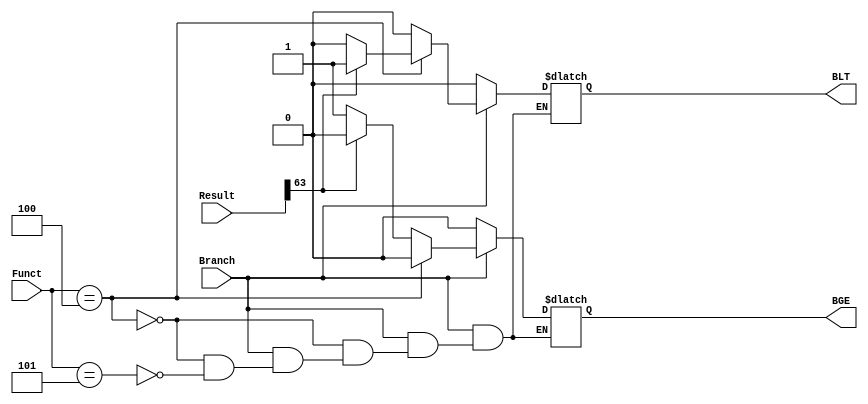
module branch (
    input [63:0] Result,
    input [ 2:0] Funct,
    input Branch,
    output reg BLT, BGE);

    always @(Result or Branch or Funct) begin
        if (Branch==1'b1) begin
            // Checking for BLT
            if (Funct == 3'b100) begin
                BGE = 1'b0; // always
                if (Result[63]==1'b1)
                    BLT = 1'b1;
                else
                    BLT = 1'b0;
            end
            // Checking for BGE
            else if (Funct == 3'b101) begin
                BLT = 1'b0; // always
                if (Result[63]==1'b0)
                    BGE = 1'b1;
                else
                    BGE = 1'b0;
            end
        end
        else begin
            // Assigning both of them to low if Branch is low
            BLT = 1'b0; BGE = 1'b0;
        end
    end
endmodule